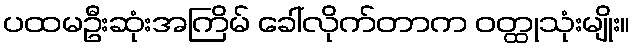
ပထမဦးဆုံးအကြိမ် ခေါ်လိုက်တာက ဝတ္ထုသုံးမျိုး။